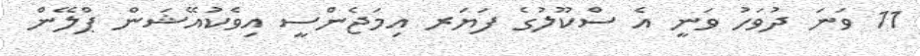
11 ވަނަ ދުވަހު ވަނީ އެ ސްކޫލުގެ ފަޔަރ އިމަޖެންސީ އިވެކުއޭޝަން ޕްލޭން